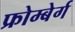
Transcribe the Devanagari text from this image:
फ्रोम्बेर्ग